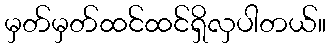
မှတ်မှတ်ထင်ထင်ရှိလှပါတယ်။